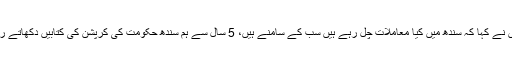
انہوں نے کہا کہ سندھ میں کیا معاملات چل رہے ہیں سب کے سامنے ہیں، 5 سال سے ہم سندھ حکومت کی کرپشن کی کتابیں دکھاتے رہے۔